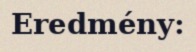
Eredmény: